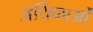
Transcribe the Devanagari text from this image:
अर्यिकाओं